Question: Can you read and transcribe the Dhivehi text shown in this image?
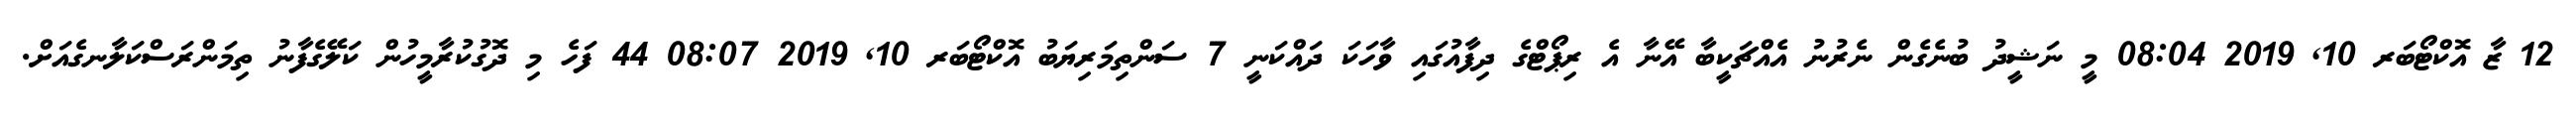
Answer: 12 ޒާ އޮކްޓޯބަރ 10, 2019 08:04 މީ ނަޝީދު ބުނެގެން ނެރުނު އެއްޗަކީބާ އޭނާ އެ ރިޕޯޓްގެ ދިފާއުގައި ވާހަކަ ދައްކަނީ 7 ސަންތިމަރިޔަބު އޮކްޓޯބަރ 10, 2019 08:07 44 ފަހެ މި ދޮގުކުރާމީހުން ކަލޭގެފާނު ތިމަންރަސްކަލާނގެއަށް.